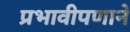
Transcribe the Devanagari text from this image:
प्रभावीपणाने